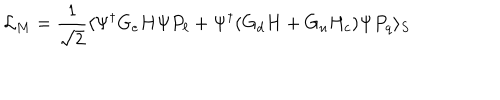
LaTeX: \mathcal { L } _ { M } = \frac { 1 } { \sqrt { 2 } } \langle \Psi ^ { \dagger } G _ { e } H \Psi P _ { \ell } + \Psi ^ { \dagger } ( G _ { d } H + G _ { u } H _ { c } ) \Psi P _ { q } \rangle _ { S }